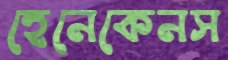
হেনেকেনস